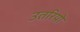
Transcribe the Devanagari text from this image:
उतरियो